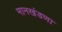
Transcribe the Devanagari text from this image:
मानखंडणा